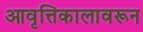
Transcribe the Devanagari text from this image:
आवृत्तिकालावरून